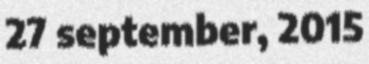
27 september, 2015